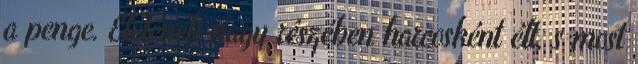
a penge. Életének nagy részében harcosként élt, s most